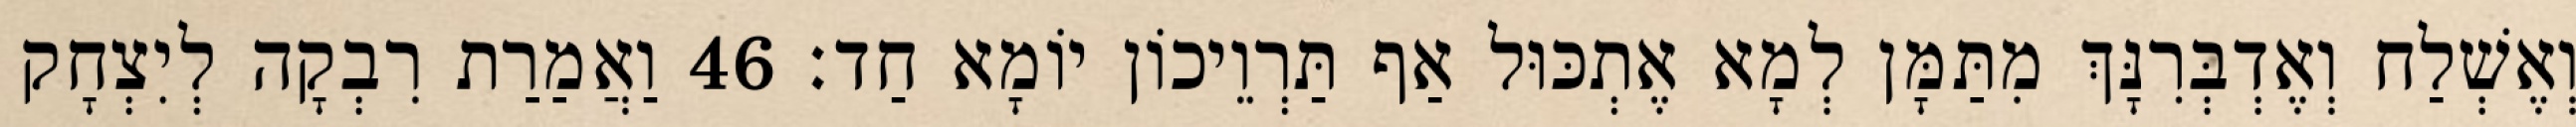
וְאֶשְׁלַח וְאֶדְבְּרִנָּךְ מִתַּמָּן לְמָא אֶתְכּוּל אַף תַּרְוֵיכוֹן יוֹמָא חַד׃ 46 וַאֲמַרַת רִבְקָה לְיִצְחָק